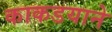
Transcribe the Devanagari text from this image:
काकडयाने